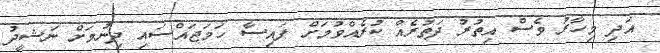
އަދި މިހާރު ވެސް އިތުރު ދަތުރެއް ކުރެއްވުމަށް ފައިސާ ހަމަޖައްސައި ދިނުމަށް ނަޝީދު